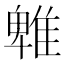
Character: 𨿵